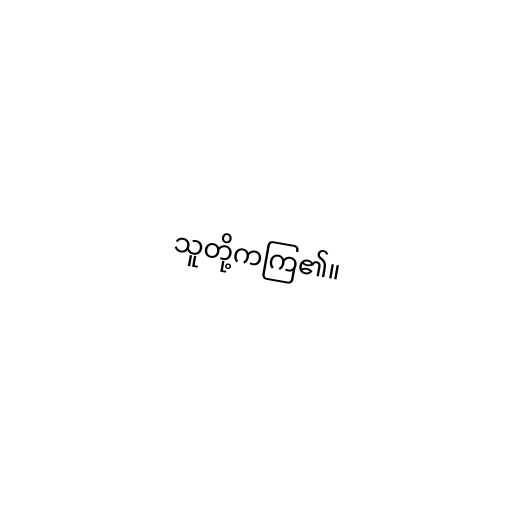
သူတို့ကကြ၏။